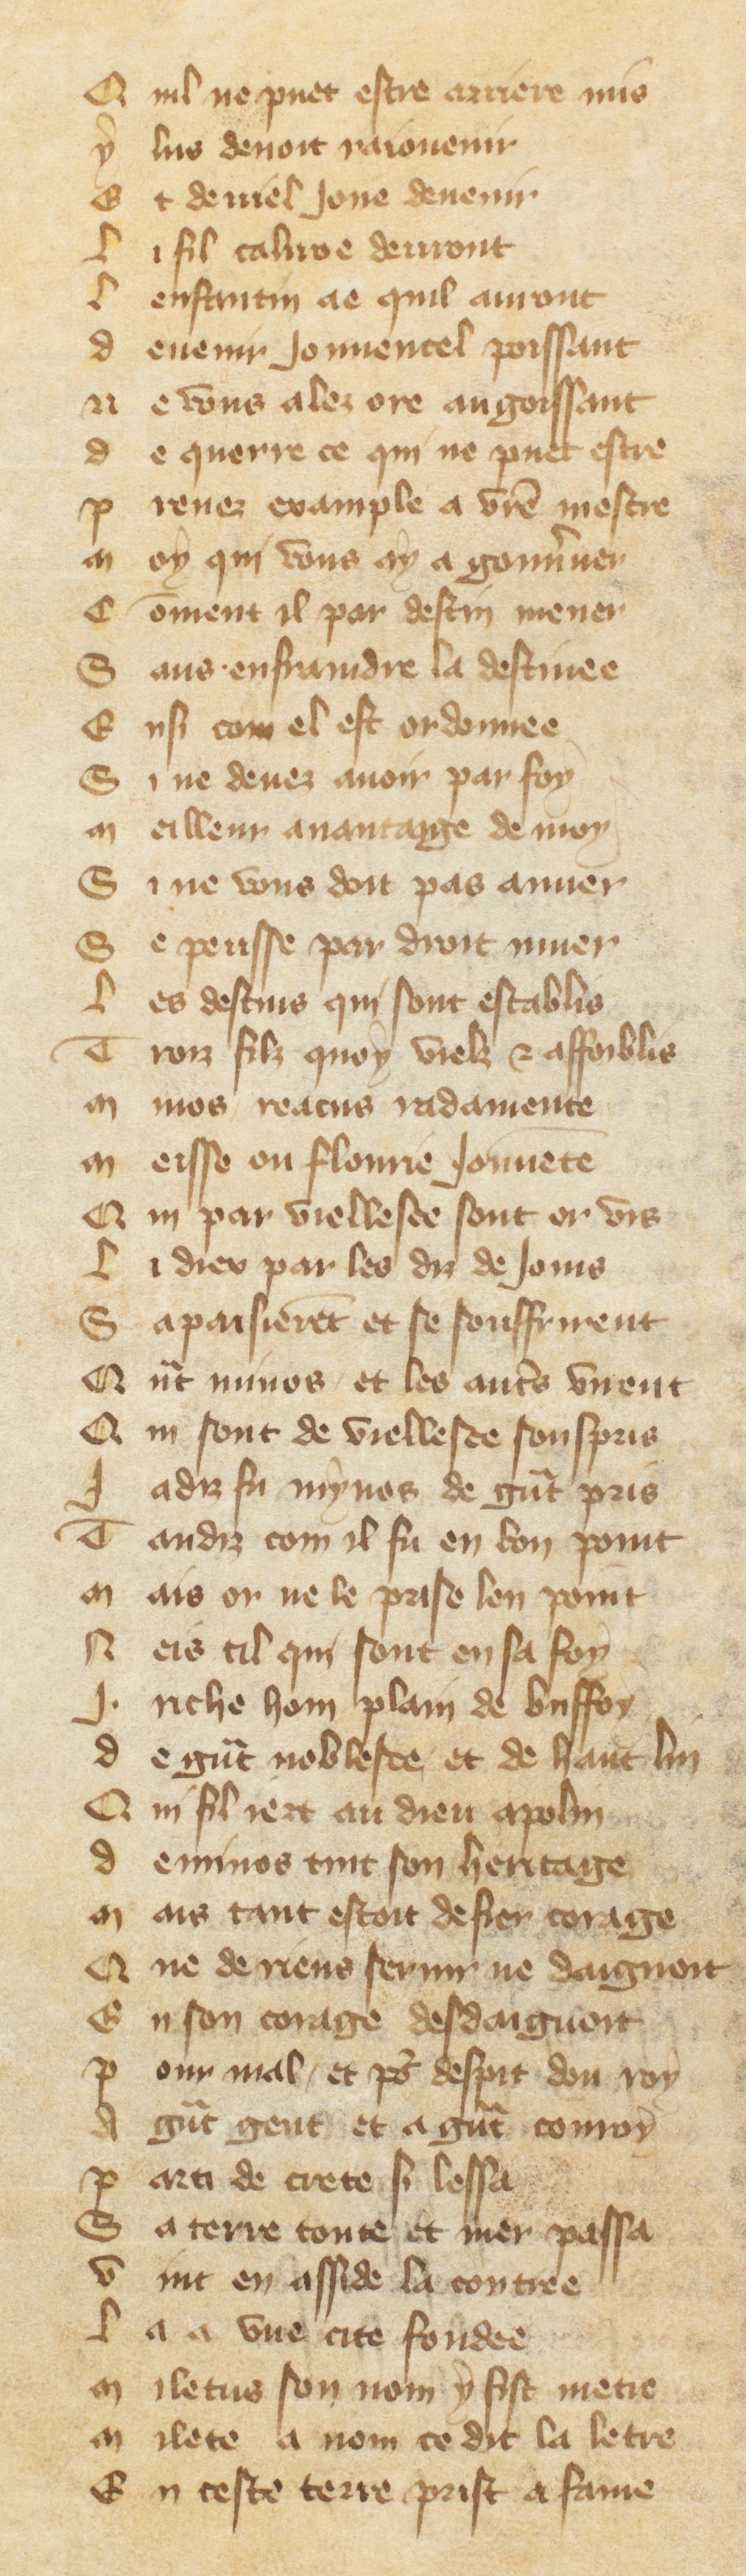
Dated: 1380–1390